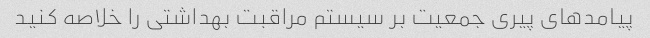
پیامدهای پیری جمعیت بر سیستم مراقبت بهداشتی را خلاصه کنید